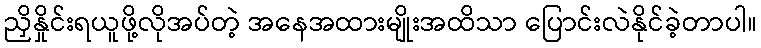
ညှိနှိုင်းရယူဖို့လိုအပ်တဲ့ အနေအထားမျိုးအထိသာ ပြောင်းလဲနိုင်ခဲ့တာပါ။